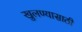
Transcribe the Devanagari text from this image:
खुलण्यासाठी